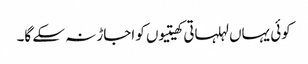
کوئی یہاں لہلہاتی کھیتیوں کو اجاڑ نہ سکے گا۔